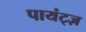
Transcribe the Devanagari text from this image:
पायंट्ज़